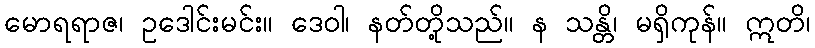
မောရရာဇ၊ ဥဒေါင်းမင်း။ ဒေဝါ၊ နတ်တို့သည်။ န သန္တိ၊ မရှိကုန်။ ဣတိ၊